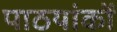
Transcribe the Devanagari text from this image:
पाठयांकों